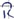
Text: R